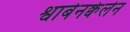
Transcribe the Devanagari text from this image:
श्वाबेनक्वेलेन